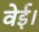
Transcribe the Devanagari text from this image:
वेई।